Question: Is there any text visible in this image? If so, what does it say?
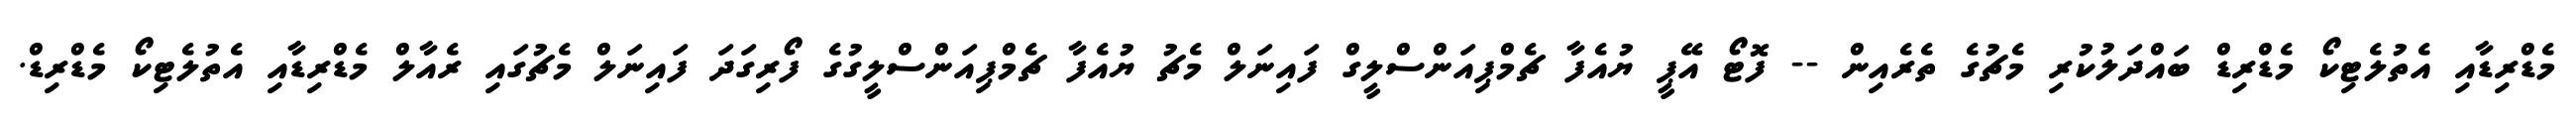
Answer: މެޑްރިޑާއި އެތުލެޓިކޯ މެޑްރިޑް ބައްދަލުކުރި މެޗުގެ ތެރެއިން -- ފޮޓޯ އޭޕީ ޔުއެފާ ޗެމްޕިއަންސްލީގް ފައިނަލް މެޗު ޔުއެފާ ޗެމްޕިއަންސްލީގުގެ ފޯރިގަދަ ފައިނަލް މެޗުގައި ރެއާލް މެޑްރިޑާއި އެތުލެޓިކޯ މެޑްރިޑް.